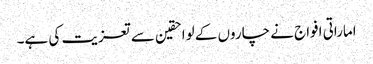
اماراتی افواج نے چاروں کے لواحقین سے تعزیت کی ہے۔